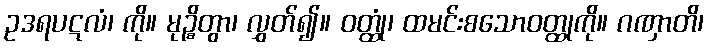
ဥဒရပဋလံ၊ ကို။ မုဉ္စိတွာ၊ လွှတ်၍။ ဝတ္ထုံ၊ ထမင်းစသောဝတ္ထုကို။ ဂဏှာတိ၊